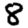
Digit: 8